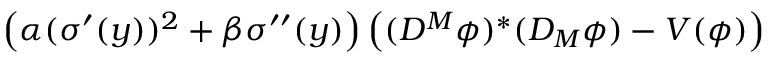
\left( \alpha ( \sigma ^ { \prime } ( y ) ) ^ { 2 } + \beta \sigma ^ { \prime \prime } ( y ) \right) \left( ( D ^ { M } \phi ) ^ { \ast } ( D _ { M } \phi ) - V ( \phi ) \right)